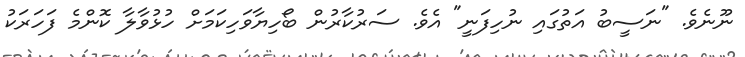
ނޫނެވެ. "ނަސީބު އަތުގައި ނުހިފަނީ" އެވެ. ސަރުކާރުން ބޯހިޔާވަހިކަމަށް ހުޅުވާލާ ކޮންމެ ފަހަރަކު